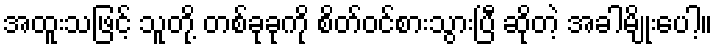
အထူးသဖြင့် သူတို့ တစ်ခုခုကို စိတ်ဝင်စားသွားပြီ ဆိုတဲ့ အခါမျိုးပေါ့။